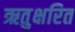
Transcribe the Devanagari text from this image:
ऋतुक्षरित